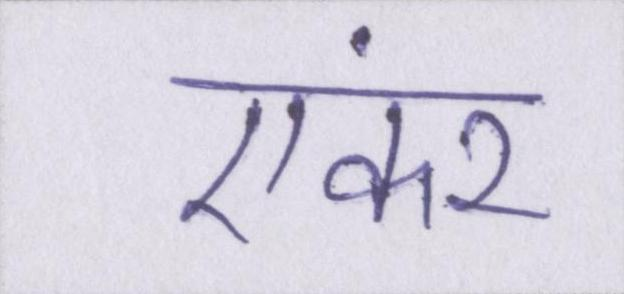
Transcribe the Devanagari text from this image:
एंकर